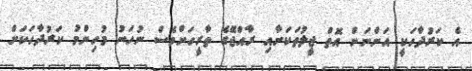
އެ ކަރުދާހަކީ އަންނަން އޮތް ޖީލުތަކަށާއި ރާއްޖޭގެ ތާރީހަށްވެސް ނުހަނު މުހިންމު ކަރުދާހަކަށް